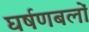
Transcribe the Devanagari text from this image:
घर्षणबलों